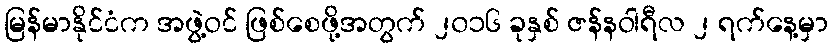
မြန်မာနိုင်ငံက အဖွဲ့ဝင် ဖြစ်စေဖို့အတွက် ၂၀၁၆ ခုနှစ် ဇန်နဝါရီလ ၂ ရက်နေ့မှာ